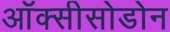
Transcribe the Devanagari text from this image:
ऑक्सीसोडोन